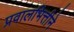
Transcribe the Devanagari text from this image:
प्रवालभित्तीने